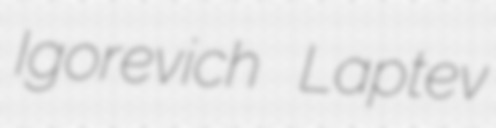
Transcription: Igorevich Laptev